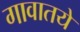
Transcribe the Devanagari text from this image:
गावातये